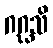
ဂဂ္ဃသိ